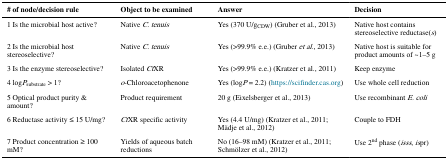
<table><thead><tr><td><b># of node/decision rule</b></td><td><b>Object to be examined</b></td><td><b>Answer</b></td><td><b>Decision</b></td></tr></thead><tbody><tr><td>1 Is the microbial host active?</td><td>Native <i>C. tenuis</i></td><td>Yes (370 U/g<sub>CDW</sub>) (Gruber et al., 2013)</td><td>Native host contains stereoselective reductase(<i>s</i>)</td></tr><tr><td>2 Is the microbial host stereoselective?</td><td>Native <i>C. tenuis</i></td><td>Yes (&gt;99.9% e.e.) (Gruber <i>et al.</i>, 2013)</td><td>Native host is suitable for product amounts of ~1–5 g</td></tr><tr><td>3 Is the enzyme stereoselective?</td><td>Isolated <i>Ct</i>XR</td><td>Yes (&gt;99.9% e.e.) (Kratzer et al., 2011)</td><td>Keep enzyme</td></tr><tr><td>4 log<i>P</i><sub>substrate</sub> &gt; 1?</td><td><i>o</i>-Chloroacetophenone</td><td>Yes (log<i>P</i> = 2.2) (https://scifinder.cas.org)</td><td>Use whole cell reduction</td></tr><tr><td>5 Optical product purity &amp; amount?</td><td>Product requirement</td><td>20 g (Eixelsberger et al., 2013)</td><td>Use recombinant <i>E. coli</i></td></tr><tr><td>6 Reductase activity ≤ 15 U/mg?</td><td><i>Ct</i>XR specific activity</td><td>Yes (4.4 U/mg) (Kratzer et al., 2011; Mädje et al., 2012)</td><td>Couple to FDH</td></tr><tr><td>7 Product concentration ≥ 100 mM?</td><td>Yields of aqueous batch reductions</td><td>No (16–98 mM) (Kratzer et al., 2011; Schmölzer et al., 2012)</td><td>Use 2<sup>nd</sup> phase (<i>isss</i>, <i>is</i>pr)</td></tr></tbody></table>